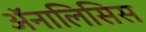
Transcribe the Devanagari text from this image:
अॅनालिसिस